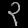
Digit: ၃